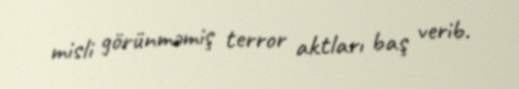
misli görünməmiş terror aktları baş verib.